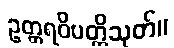
ဥတ္တရဝိပတ္တိသုတ်။